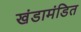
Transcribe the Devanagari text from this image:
खंडामंडित